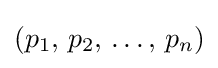
(p_{1},\,p_{2},\,\dots ,\,p_{n})